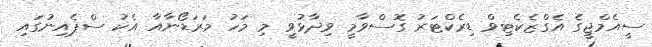
ސީއެމްޖީގެ އެގްޒެކެޓިވް ޑިރެކްޓަރު ގޮސްވާމީ ވިދާޅުވީ މި މަހު މަރަޑޯނާއާ އެކު ސްޕެއިނުގައި